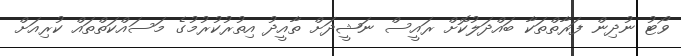
ވޯޓު ނުދިން ފަރާތްތަކާ ބައްދަލުކޮށް ރައީސް ނަޝީދަށް ތާއީދު އިތުރުކުރުމުގެ މަސައްކަތްތައް ކުރިއަށް